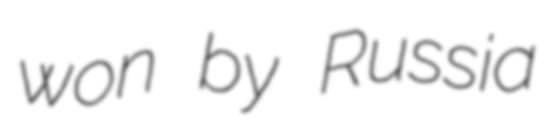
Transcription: won by Russia